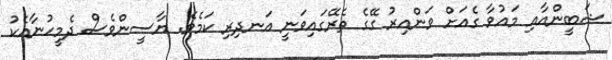
ޝަބީންއާއި މައުވާ ގެއަށް ވަންއިރު ގޭގެ ތެރޭގައިވަނީ އަނދިރި ކަމެވެ. ޔާސީންވެސް ދެމީހުނާއެކު